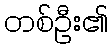
တစ်ဦး၏